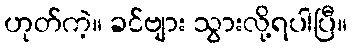
ဟုတ်ကဲ့။ ခင်ဗျား သွားလို့ရပါပြီ။